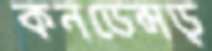
কনডেন্সড্